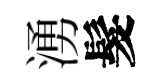
湧髮